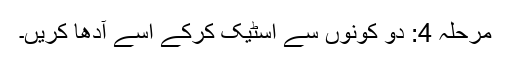
مرحلہ 4: دو کونوں سے اسٹیک کرکے اسے آدھا کریں۔